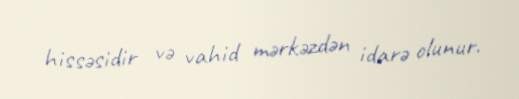
hissəsidir və vahid mərkəzdən idarə olunur.